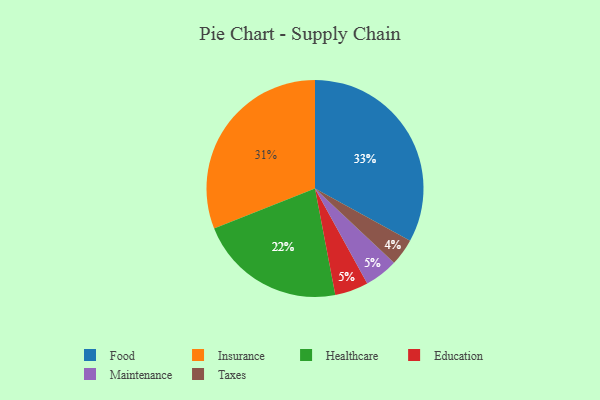
{"axis": {"x": "Category", "y": "Percentage"}, "legend": ["Education", "Food", "Healthcare", "Insurance", "Maintenance", "Taxes"], "data": [{"x": "Education", "y": 5, "type": "Education"}, {"x": "Taxes", "y": 4, "type": "Taxes"}, {"x": "Healthcare", "y": 22, "type": "Healthcare"}, {"x": "Food", "y": 33, "type": "Food"}, {"x": "Insurance", "y": 31, "type": "Insurance"}, {"x": "Maintenance", "y": 5, "type": "Maintenance"}]}